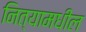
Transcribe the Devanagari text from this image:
नित्यामधील